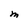
Character: M